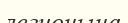
легионына